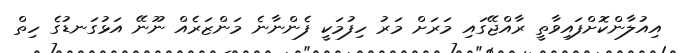
އިއުލާންކޮށްފައިވާތީ ރާއްޖޭގައި މަރަށް މަރު ހިފުމަކީ ފެންނާނެ މަންޒަރެއް ނޫނޭ އަޅުގަނޑުގެ ހިތް